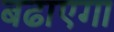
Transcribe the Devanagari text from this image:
बढाएगा